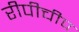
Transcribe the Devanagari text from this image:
रीपीचीप